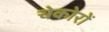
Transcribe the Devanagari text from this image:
चेकोरों